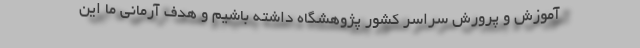
آموزش و پرورش سراسر کشور پژوهشگاه داشته باشیم و هدف آرمانی ما این